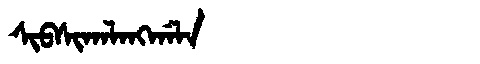
Manchu: ᠰᡳᠪᠰᡳᡴᠠᠯᠠᠩᡤᠠᠯᠠ
Romanization: SIBSIKALANGGALA